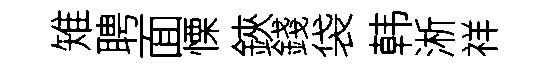
雉聘面慄鋏錢袋韩淅祥